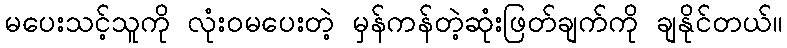
မပေးသင့်သူကို လုံးဝမပေးတဲ့ မှန်ကန်တဲ့ဆုံးဖြတ်ချက်ကို ချနိုင်တယ်။